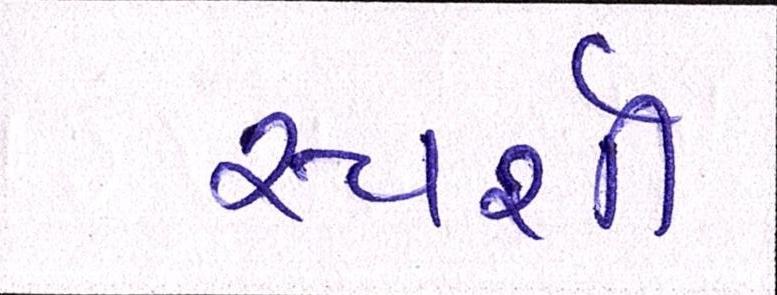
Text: સ્પર્શી